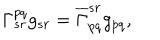
LaTeX: \Gamma _ { s r } ^ { p q } g _ { s r } = \overline { { { \Gamma } } } _ { p q } ^ { s r } g _ { p q } ,